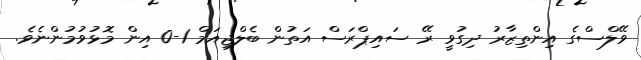
ވޭލްސްގެ އިންތިޒާރު ދިގުވީ ރޭ ސައިޕްރަސް އަތުން ބެލްޖިއަމް 1-0 އިން މޮޅުވުމުންނެވެ.